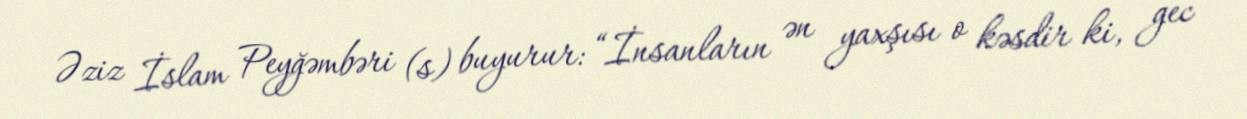
Əziz İslam Peyğəmbəri (s) buyurur: “İnsanların ən yaxşısı o kəsdir ki, gec